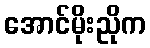
အောင်မိုးညိုက